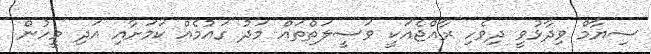
ސިޔާމް ވިދާޅުވީ ދިވެހި ރާއްޖެއަކީ ވަސީލަތްތައް މަދު ގައުމެއް ކަމަށާއި އަދި މީހުން